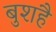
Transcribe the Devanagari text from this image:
बुशहै